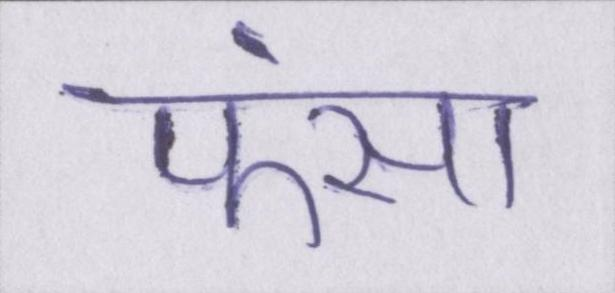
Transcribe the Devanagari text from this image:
फंसा